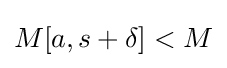
M[a,s+\delta ]<M